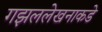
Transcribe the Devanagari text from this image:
गझललेखनाकडे